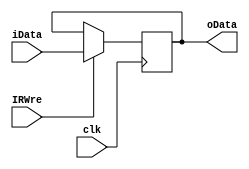
module IR (
    input clk,
    input [31:0] iData,
    input IRWre,
    output [31:0] oData
    );
    
    reg [31:0] oData;

    always @(negedge clk) begin
        if (IRWre) begin
            oData = iData;      
        end
    end

endmodule